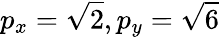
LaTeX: p_{x}=\sqrt{2},p_{y}=\sqrt{6}